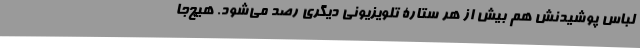
لباس پوشیدنش هم بیش از هر ستارۀ تلویزیونی دیگری رصد می‌شود. هیچ‌جا